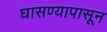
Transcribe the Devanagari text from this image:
घासण्यापासून